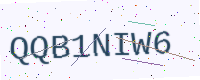
Text: QQB1NIW6